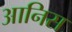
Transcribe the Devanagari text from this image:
आनिस